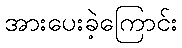
အားပေးခဲ့ကြောင်း